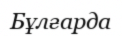
Бұлғарда